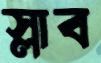
স্লাব